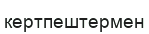
кертпештермен